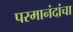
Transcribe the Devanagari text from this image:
परमानंदांचा